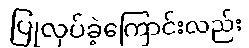
ပြုလုပ်ခဲ့ကြောင်းလည်း